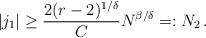
LaTeX: \begin{align*}\left|j_1\right|\geq\frac{2(r-2)^{1/\delta}}{C}N^{\beta/\delta}=:N_2\,. \end{align*}